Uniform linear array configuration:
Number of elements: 4
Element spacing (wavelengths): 0.75
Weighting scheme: hann
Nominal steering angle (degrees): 30
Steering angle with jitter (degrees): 30.698
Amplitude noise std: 0.05
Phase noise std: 0.05

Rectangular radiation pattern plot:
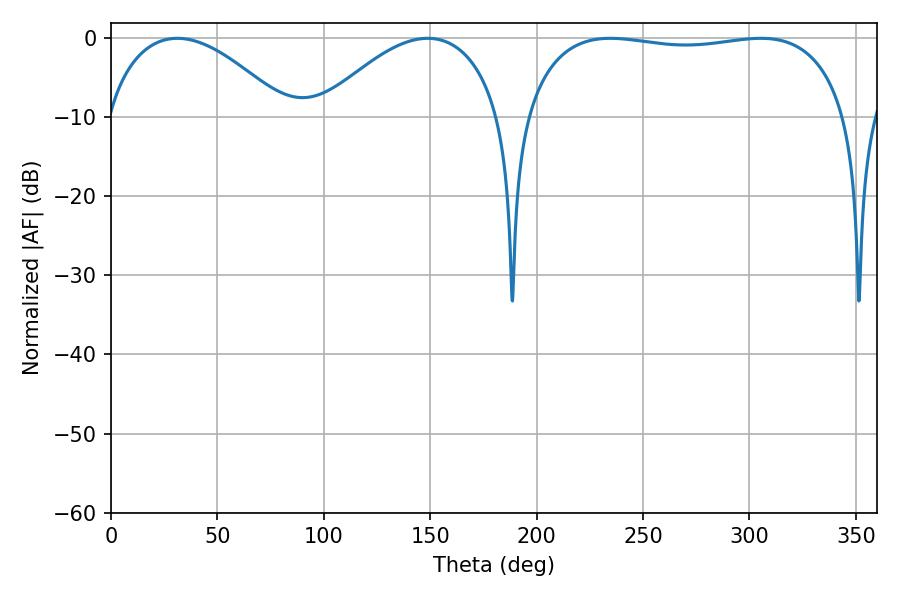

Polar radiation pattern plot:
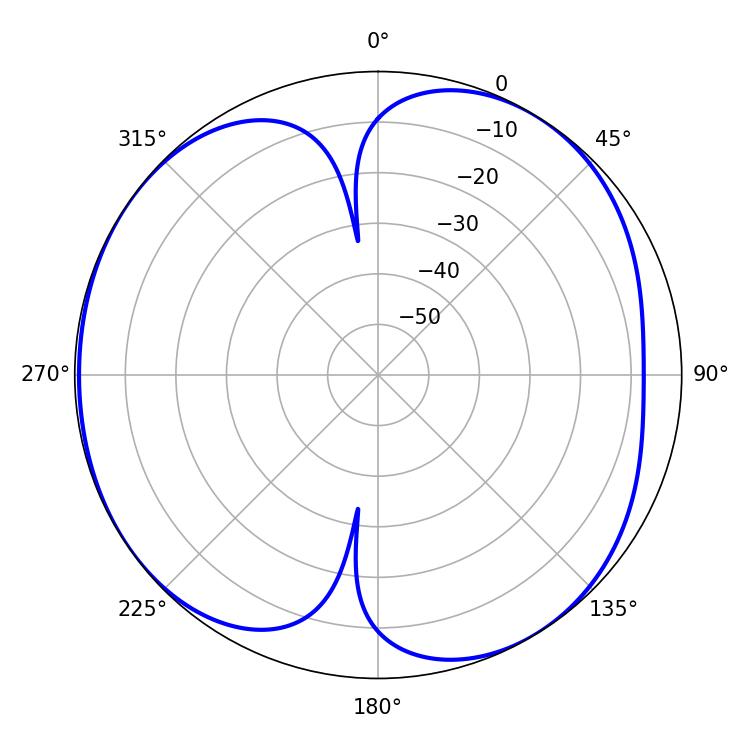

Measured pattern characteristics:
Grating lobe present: TRUE
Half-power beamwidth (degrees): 47.7
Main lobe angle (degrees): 31.14